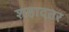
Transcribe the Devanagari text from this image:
शहादतर